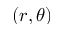
( r , \theta )